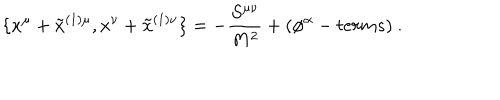
\{ x ^ { \mu } + \tilde { x } ^ { ( 1 ) \mu } , x ^ { \nu } + \tilde { x } ^ { ( 1 ) \nu } \} = - \frac { S ^ { \mu \nu } } { M ^ { 2 } } + ( \phi ^ { \alpha } - t e r m s ) ~ .